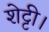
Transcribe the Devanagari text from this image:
शेट्टी।